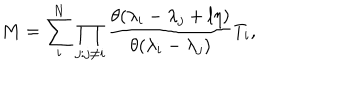
M = \sum _ { i } ^ { N } \prod _ { j : j \neq i } \frac { \theta ( \lambda _ { i } - \lambda _ { j } + l \eta ) } { \theta ( \lambda _ { i } - \lambda _ { j } ) } T _ { i } ,